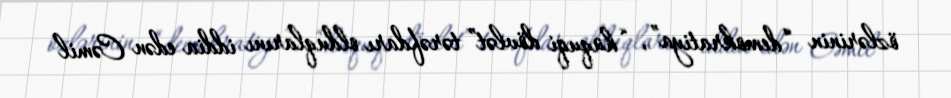
özlərinin “demokratiya”, “hüquqi dövlət” tərəfdarı olduqlarını iddia edən Cəmil